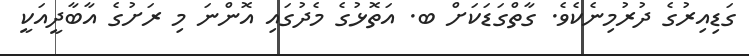
ގަޑިއިރުގެ ދުރުމިނެކެވެ. ގާތްގަޑަކަށް ބ. އަތޮޅުގެ މެދުގައި އޮންނަ މި ރަށުގެ އާބާދީއަކީ